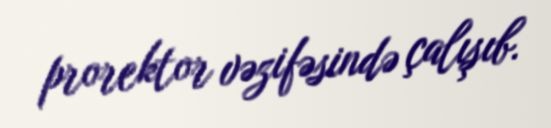
prorektor vəzifəsində çalışıb.